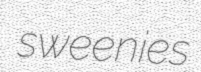
sweenies